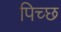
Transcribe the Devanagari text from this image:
पिच्छ